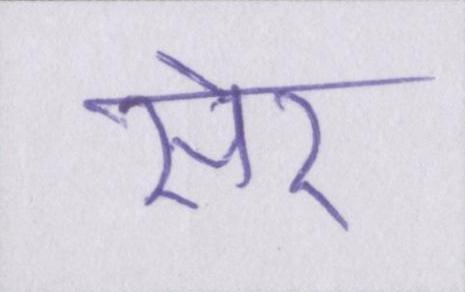
सेर